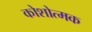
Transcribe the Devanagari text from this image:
कोशोत्मक